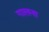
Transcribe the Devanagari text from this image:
गालना